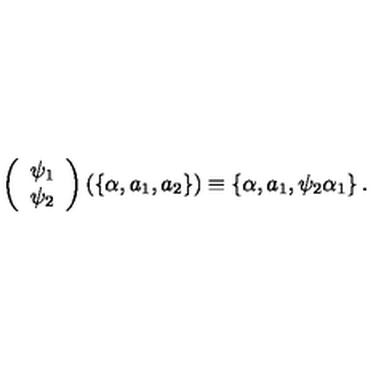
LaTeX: \left( \begin{array} { c } { \psi _ { 1 } } \\ { \psi _ { 2 } } \\ \end{array} \right) \left( \left\{ \alpha , a _ { 1 } , a _ { 2 } \right\} \right) \equiv \left\{ \alpha , a _ { 1 } , \psi _ { 2 } \alpha _ { 1 } \right\} .